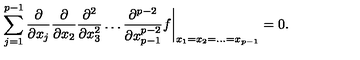
\sum _ { j = 1 } ^ { p - 1 } \frac { \partial } { \partial x _ { j } } \frac { \partial } { \partial x _ { 2 } } \frac { \partial ^ { 2 } } { \partial x _ { 3 } ^ { 2 } } \dots \frac { \partial ^ { p - 2 } } { \partial x _ { p - 1 } ^ { p - 2 } } f \biggr | _ { x _ { 1 } = x _ { 2 } = \dots = x _ { p - 1 } } = 0 .